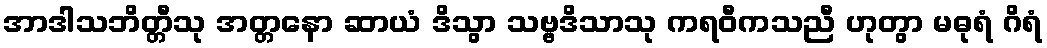
အာဒါသဘိတ္တီသု အတ္တနော ဆာယံ ဒိသွာ သဗ္ဗဒိသာသု ကရဝီကသညီ ဟုတွာ မဓုရံ ဂိရံ